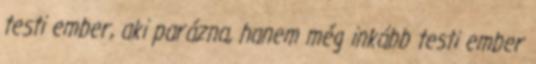
testi ember, aki parázna, hanem még inkább testi ember